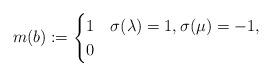
LaTeX: \begin{align*}m(b):=\begin{cases}1 & \sigma(\lambda)=1,\sigma(\mu)=-1,\\0 &\end{cases}\end{align*}